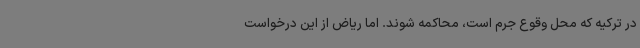
در ترکیه که محل وقوع جرم است، محاکمه شوند. اما ریاض از این درخواست